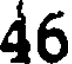
46